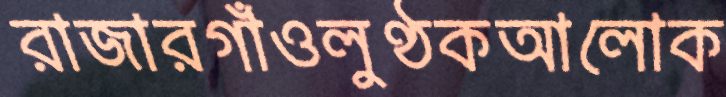
রাজারগাঁওলুণ্ঠকআলোক